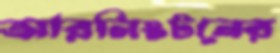
আরলিংটনের